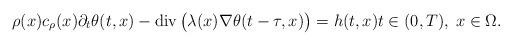
LaTeX: \begin{align*} \rho(x) c_{\rho}(x) \partial_{t} \theta(t, x) - \mathrm{div}\, \big(\lambda(x) \nabla \theta(t - \tau, x)\big) = h(t, x) t \in (0, T), \; x \in \Omega. \end{align*}